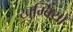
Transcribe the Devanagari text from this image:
खुम्बियाँ